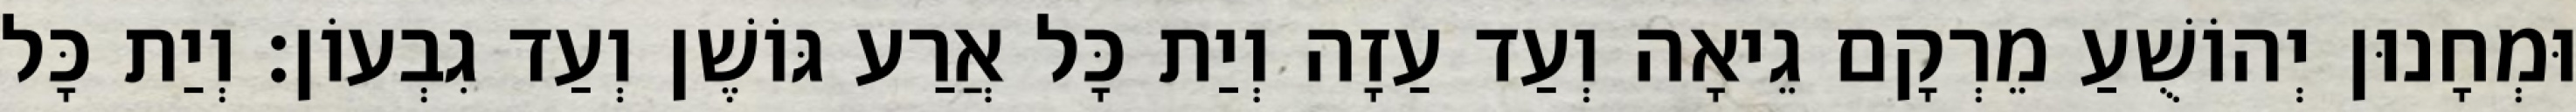
וּמְחָנוּן יְהוֹשֻׁעַ מֵרְקָם גֵיאָה וְעַד עַזָה וְיַת כָּל אֲרַע גּוֹשֶׁן וְעַד גִבְעוֹן׃ וְיַת כָּל